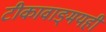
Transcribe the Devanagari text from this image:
टीकावाङ्‌मयही